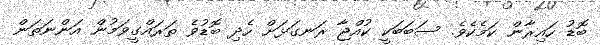
ބޮޑު ހައިރާން ކަމެކެވެ. ސަބަބަކީ ކުއްޖާ ރަނގަޅަށް ހެދި ބޮޑުވެ ތަރައްގީވަމުން އަންނަތަން